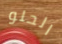
الحلو